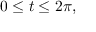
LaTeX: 0 \leq t \leq 2 \pi ,